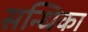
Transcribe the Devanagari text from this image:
सन्धिका